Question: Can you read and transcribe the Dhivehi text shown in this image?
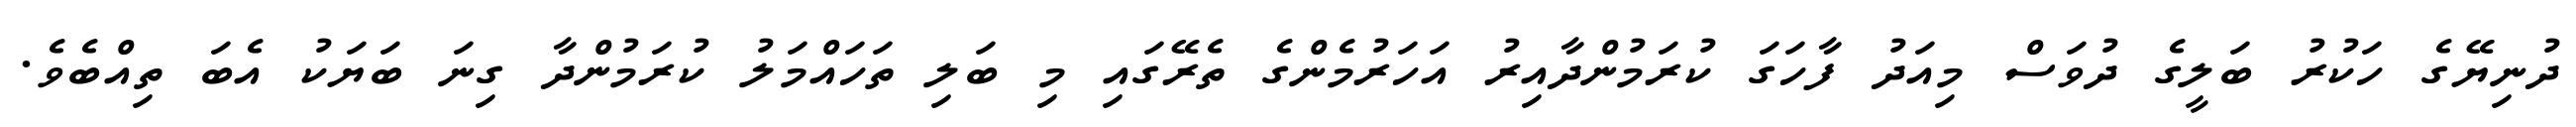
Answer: ދުނިޔޭގެ ހަކުރު ބަލީގެ ދުވަސް މިއަދު ފާހަގަ ކުރަމުންދާއިރު އަހަރުމެންގެ ތެރޭގައި މި ބަލި ތަހައްމަލު ކުރަމުންދާ ގިނަ ބަޔަކު އެބަ ތިއްބެވެ.